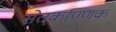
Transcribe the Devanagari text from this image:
सेतकण्णिक